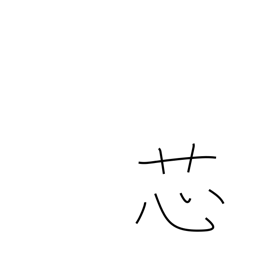
Meaning: wick